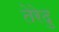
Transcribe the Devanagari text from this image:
तेरेदु